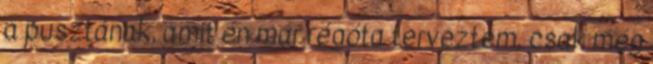
a pusztának, amit én már régóta terveztem, csak még